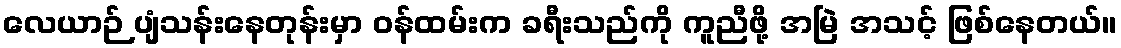
လေယာဉ် ပျံသန်းနေတုန်းမှာ ဝန်ထမ်းက ခရီးသည်ကို ကူညီဖို့ အမြဲ အသင့် ဖြစ်နေတယ်။